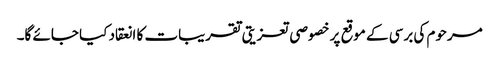
مرحوم کی برسی کے موقع پر خصوصی تعزیتی تقریبات کا انعقاد کیا جائے گا۔